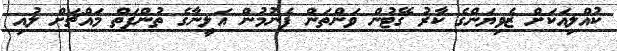
ކުއްލިއަކަށް ޒެވިޔަންގެ ކާރު ގޭޓުން ވަންތަން ފެނުމުން އަލީނާގެ ތުންފަތް މައްޗަށް ލުއި